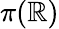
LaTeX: \pi(\mathbb{R})